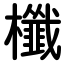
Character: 櫼